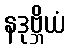
နဒုဗ္ဘိယံ